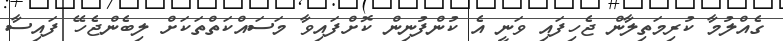
ގެއްލުމާ ކުރިމަތިލާން ޖެހިފައި ވަނީ އެ ކުންފުނިން ކޮށްފައިވާ މަސައްކަތްތަކަށް ލިބެންޖެހޭ ފައިސާ